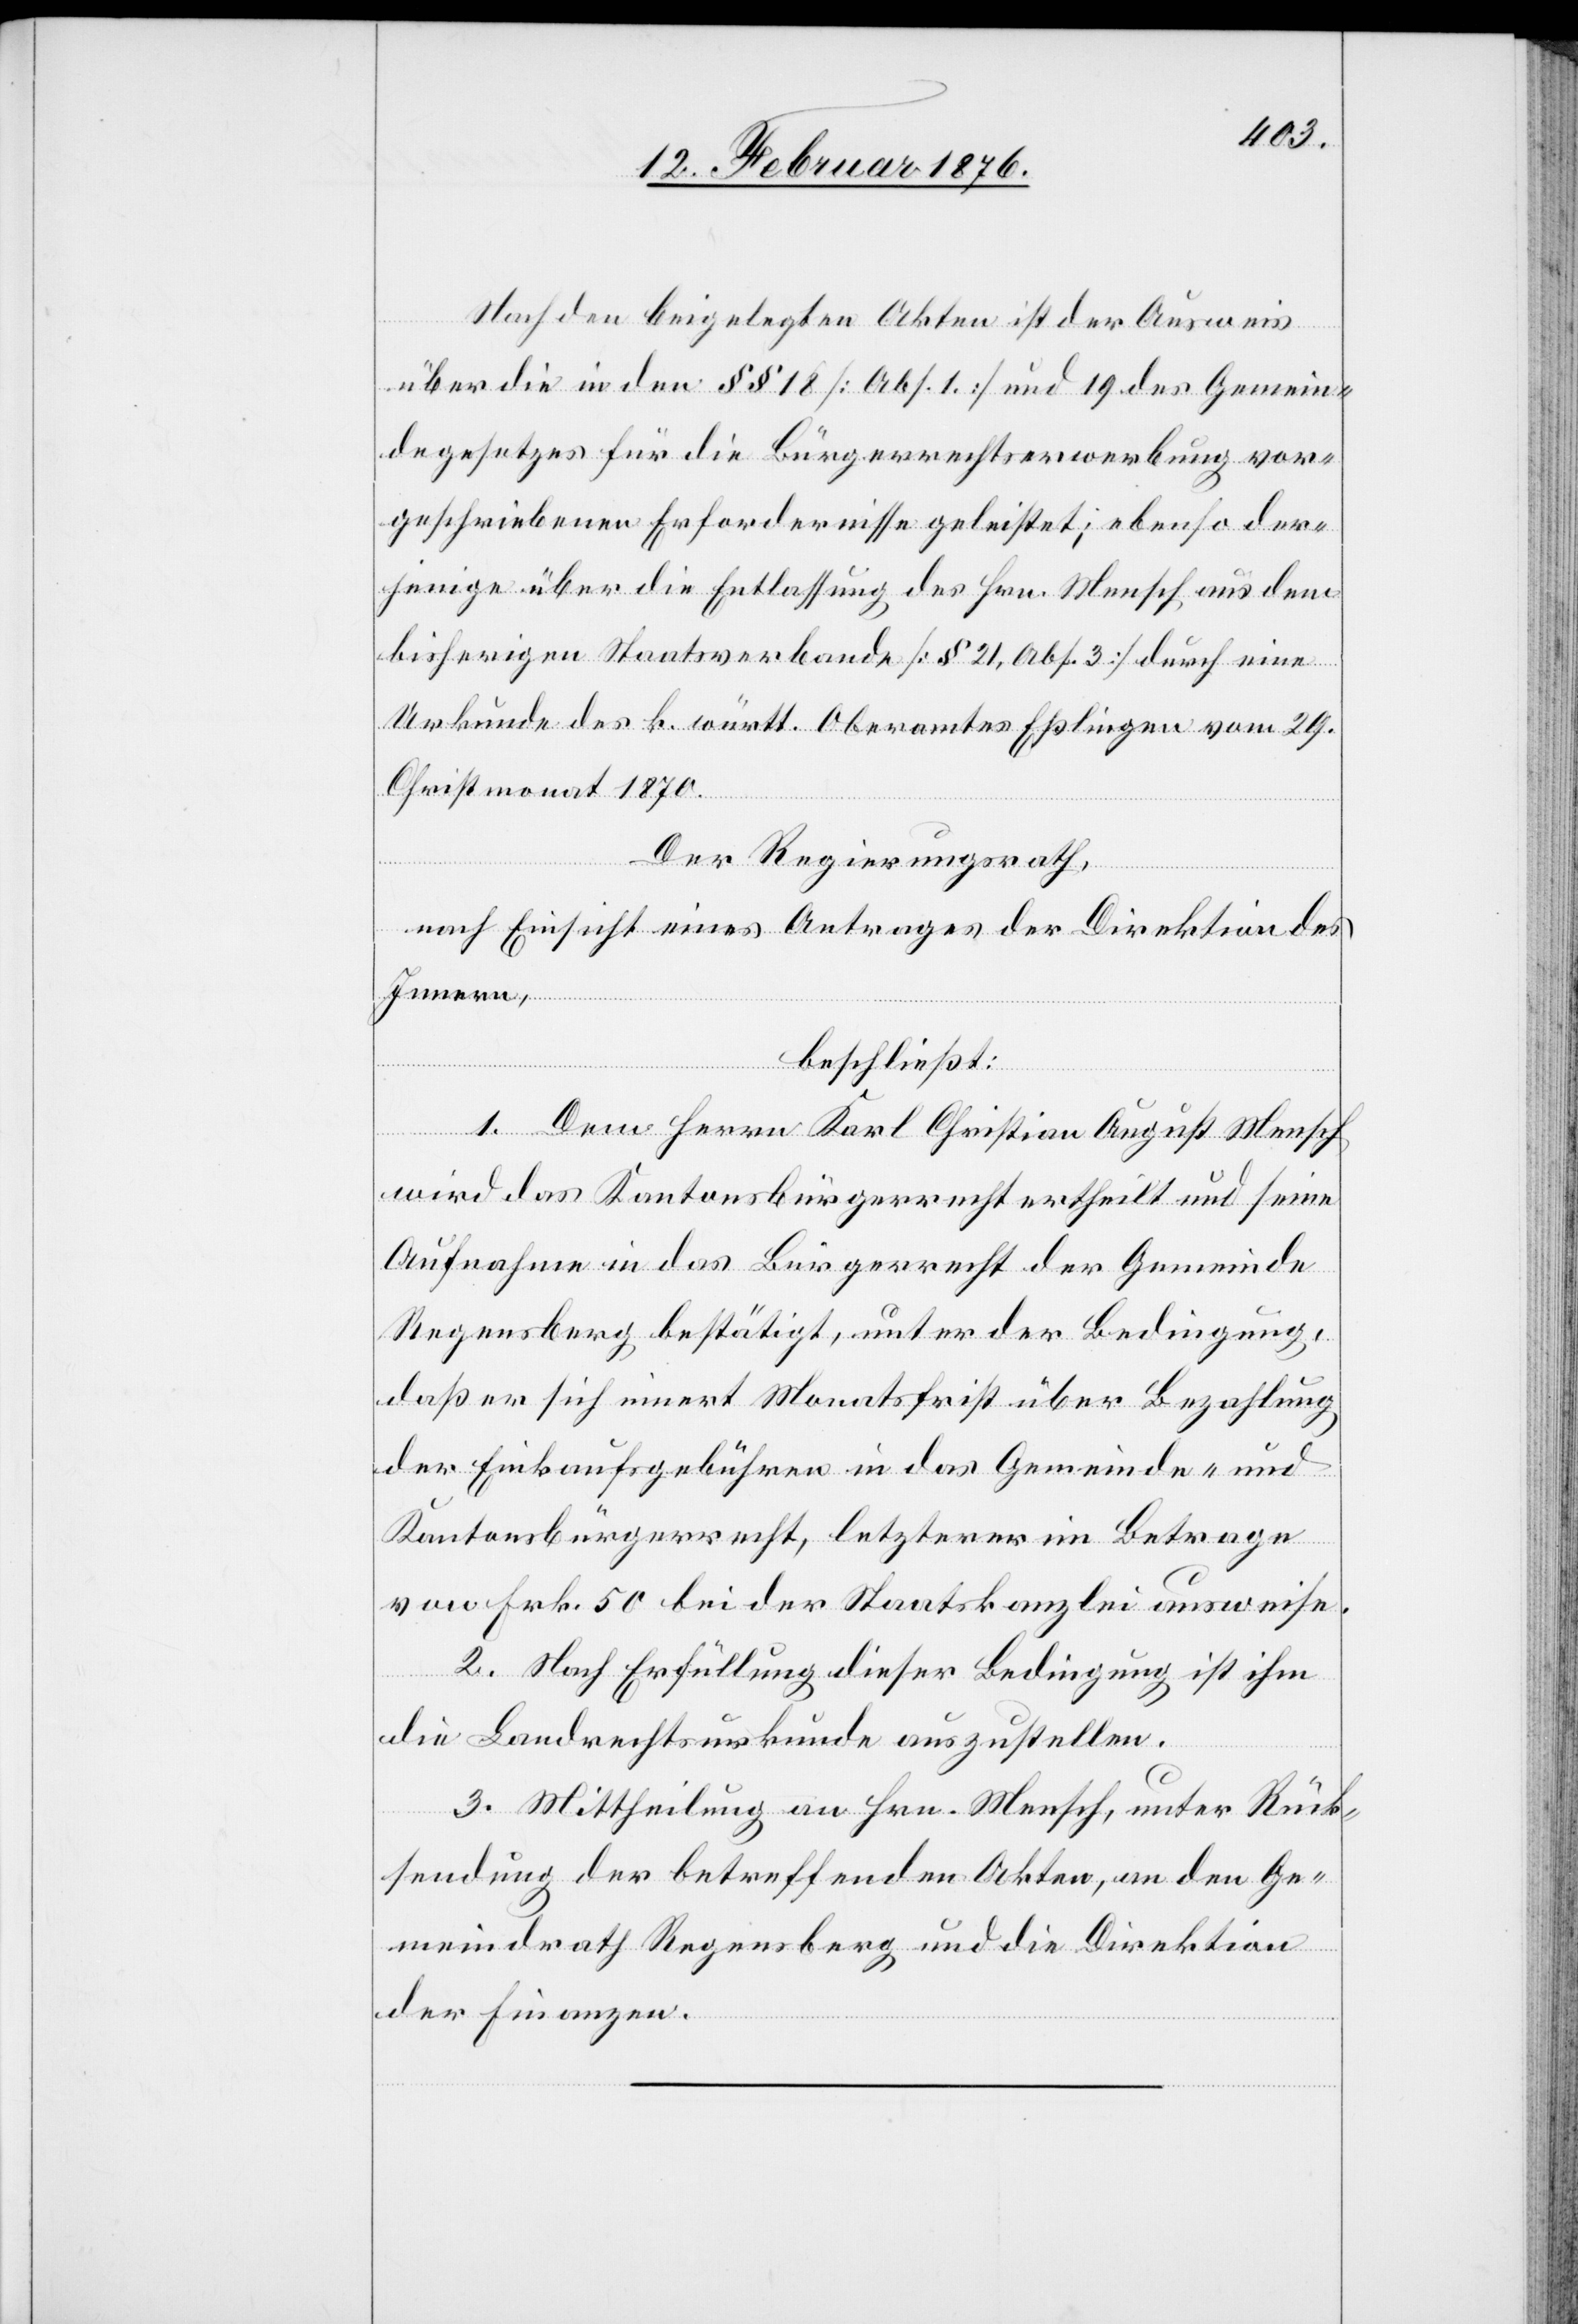
Nach den beigelegten Akten ist der Ausweis
über die in den §§ 18 [Abs. 1] und 19 des Gemein¬
degesetzes für die Bürgerrechtserwerbung vor¬
geschriebenen Erfordernisse geleistet; ebenso der¬
jenige über die Entlassung des Hrn. Mensch aus dem
bisherigen Staatsverbande [§ 21, Abs. 3] durch eine
Urkunde des k. württ. Oberamtes Eßlingen vom 29.
Christmonat 1870.
Der Regierungsrath,
nach Einsicht eines Antrages der Direktion des
Innern,
beschließt:
1. Dem Herrn Karl Christian August Mensch
wird das Kantonsbürgerrecht ertheilt und seine
Aufnahme in das Bürgerrecht der Gemeinde
Regensberg bestätigt, unter der Bedingung,
daß er sich innert Monatsfrist über Bezahlung
der Einkaufsgebühren in das Gemeinde- und
Kantonsbürgerrecht, letzterer im Betrage
von Frk. 50 bei der Staatskanzlei ausweise.
2. Nach Erfüllung dieser Bedingung ist ihm
die Landrechtsurkunde auszustellen.
3. Mittheilung an Hrn. Mensch, unter Rück¬
sendung der betreffenden Akten, an den Ge¬
meindrath Regensberg und die Direktion
der Finanzen.